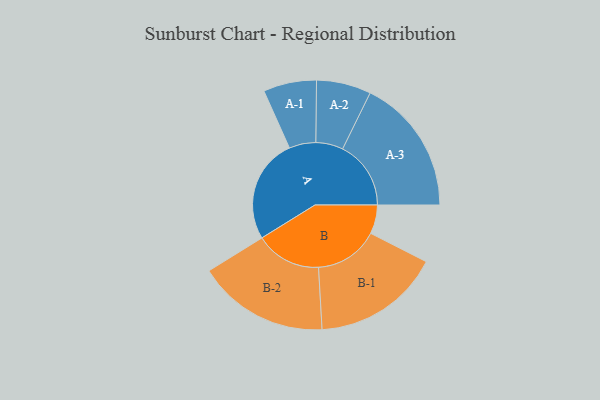
{"axis": {"x": "Segment", "y": "Value"}, "legend": ["", "A", "B"], "data": [{"x": "A", "y": 456, "type": ""}, {"x": "B", "y": 126, "type": ""}, {"x": "A-1", "y": 116, "type": "A"}, {"x": "A-2", "y": 119, "type": "A"}, {"x": "A-3", "y": 298, "type": "A"}, {"x": "B-1", "y": 279, "type": "B"}, {"x": "B-2", "y": 287, "type": "B"}]}